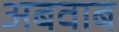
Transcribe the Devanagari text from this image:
अबवाब